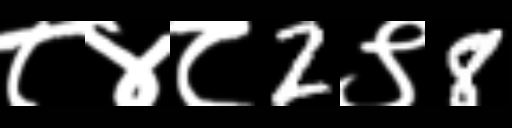
Text: ८४८2९8